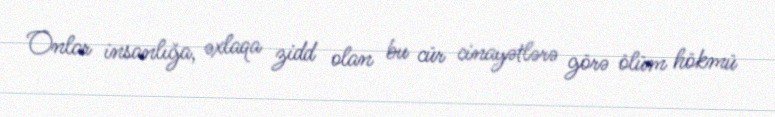
Onlar insanlığa, əxlaqa zidd olan bu cür cinayətlərə görə ölüm hökmü